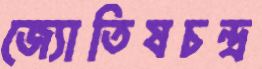
জ্যোতিষচন্দ্র